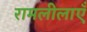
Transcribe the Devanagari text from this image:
रामलीलाएँ